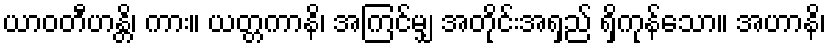
ယာဝတီဟန္တိ၊ ကား။ ယတ္တကာနိ၊ အကြင်မျှ အတိုင်းအရှည် ရှိကုန်သော။ အဟာနိ၊